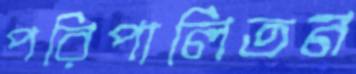
পরিপালিতন